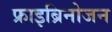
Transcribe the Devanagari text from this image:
फ्राइब्रिनोजन